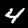
Digit: 4